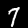
Digit: 7